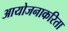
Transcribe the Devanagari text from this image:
आयोजनाकरिता